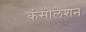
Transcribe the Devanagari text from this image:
कंसोलेशन